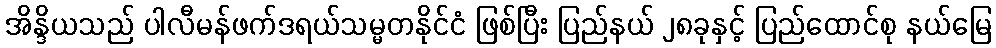
အိန္ဒိယသည် ပါလီမန်ဖက်ဒရယ်သမ္မတနိုင်ငံ ဖြစ်ပြီး ပြည်နယ် ၂၈ခုနှင့် ပြည်ထောင်စု နယ်မြေ